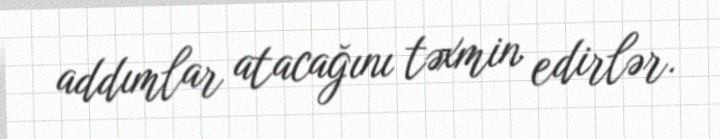
addımlar atacağını təxmin edirlər.